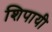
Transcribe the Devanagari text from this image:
शिपायी